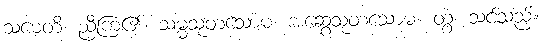
သမေတိ၊ ညီကြ၏။ သမ္မသုတသောမ၊ အဆွေသုတသောမ။ တွံ၊ သင်သည်။